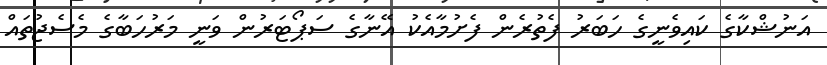
އަނުޝްކާގެ ކައިވެނީގެ ހަބަރު ފެތުރެން ފެށުމާއެކު އޭނާގެ ސަޕޯޓަރުން ވަނީ މަރުހަބާގެ މެސެޖުތައް